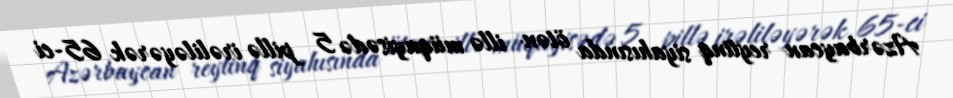
Azərbaycan reytinq siyahısında ötən illə müqayisədə 5 pillə irəliləyərək 65-ci